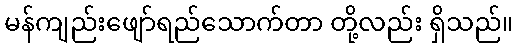
မန်ကျည်းဖျော်ရည်သောက်တာ တို့လည်း ရှိသည်။